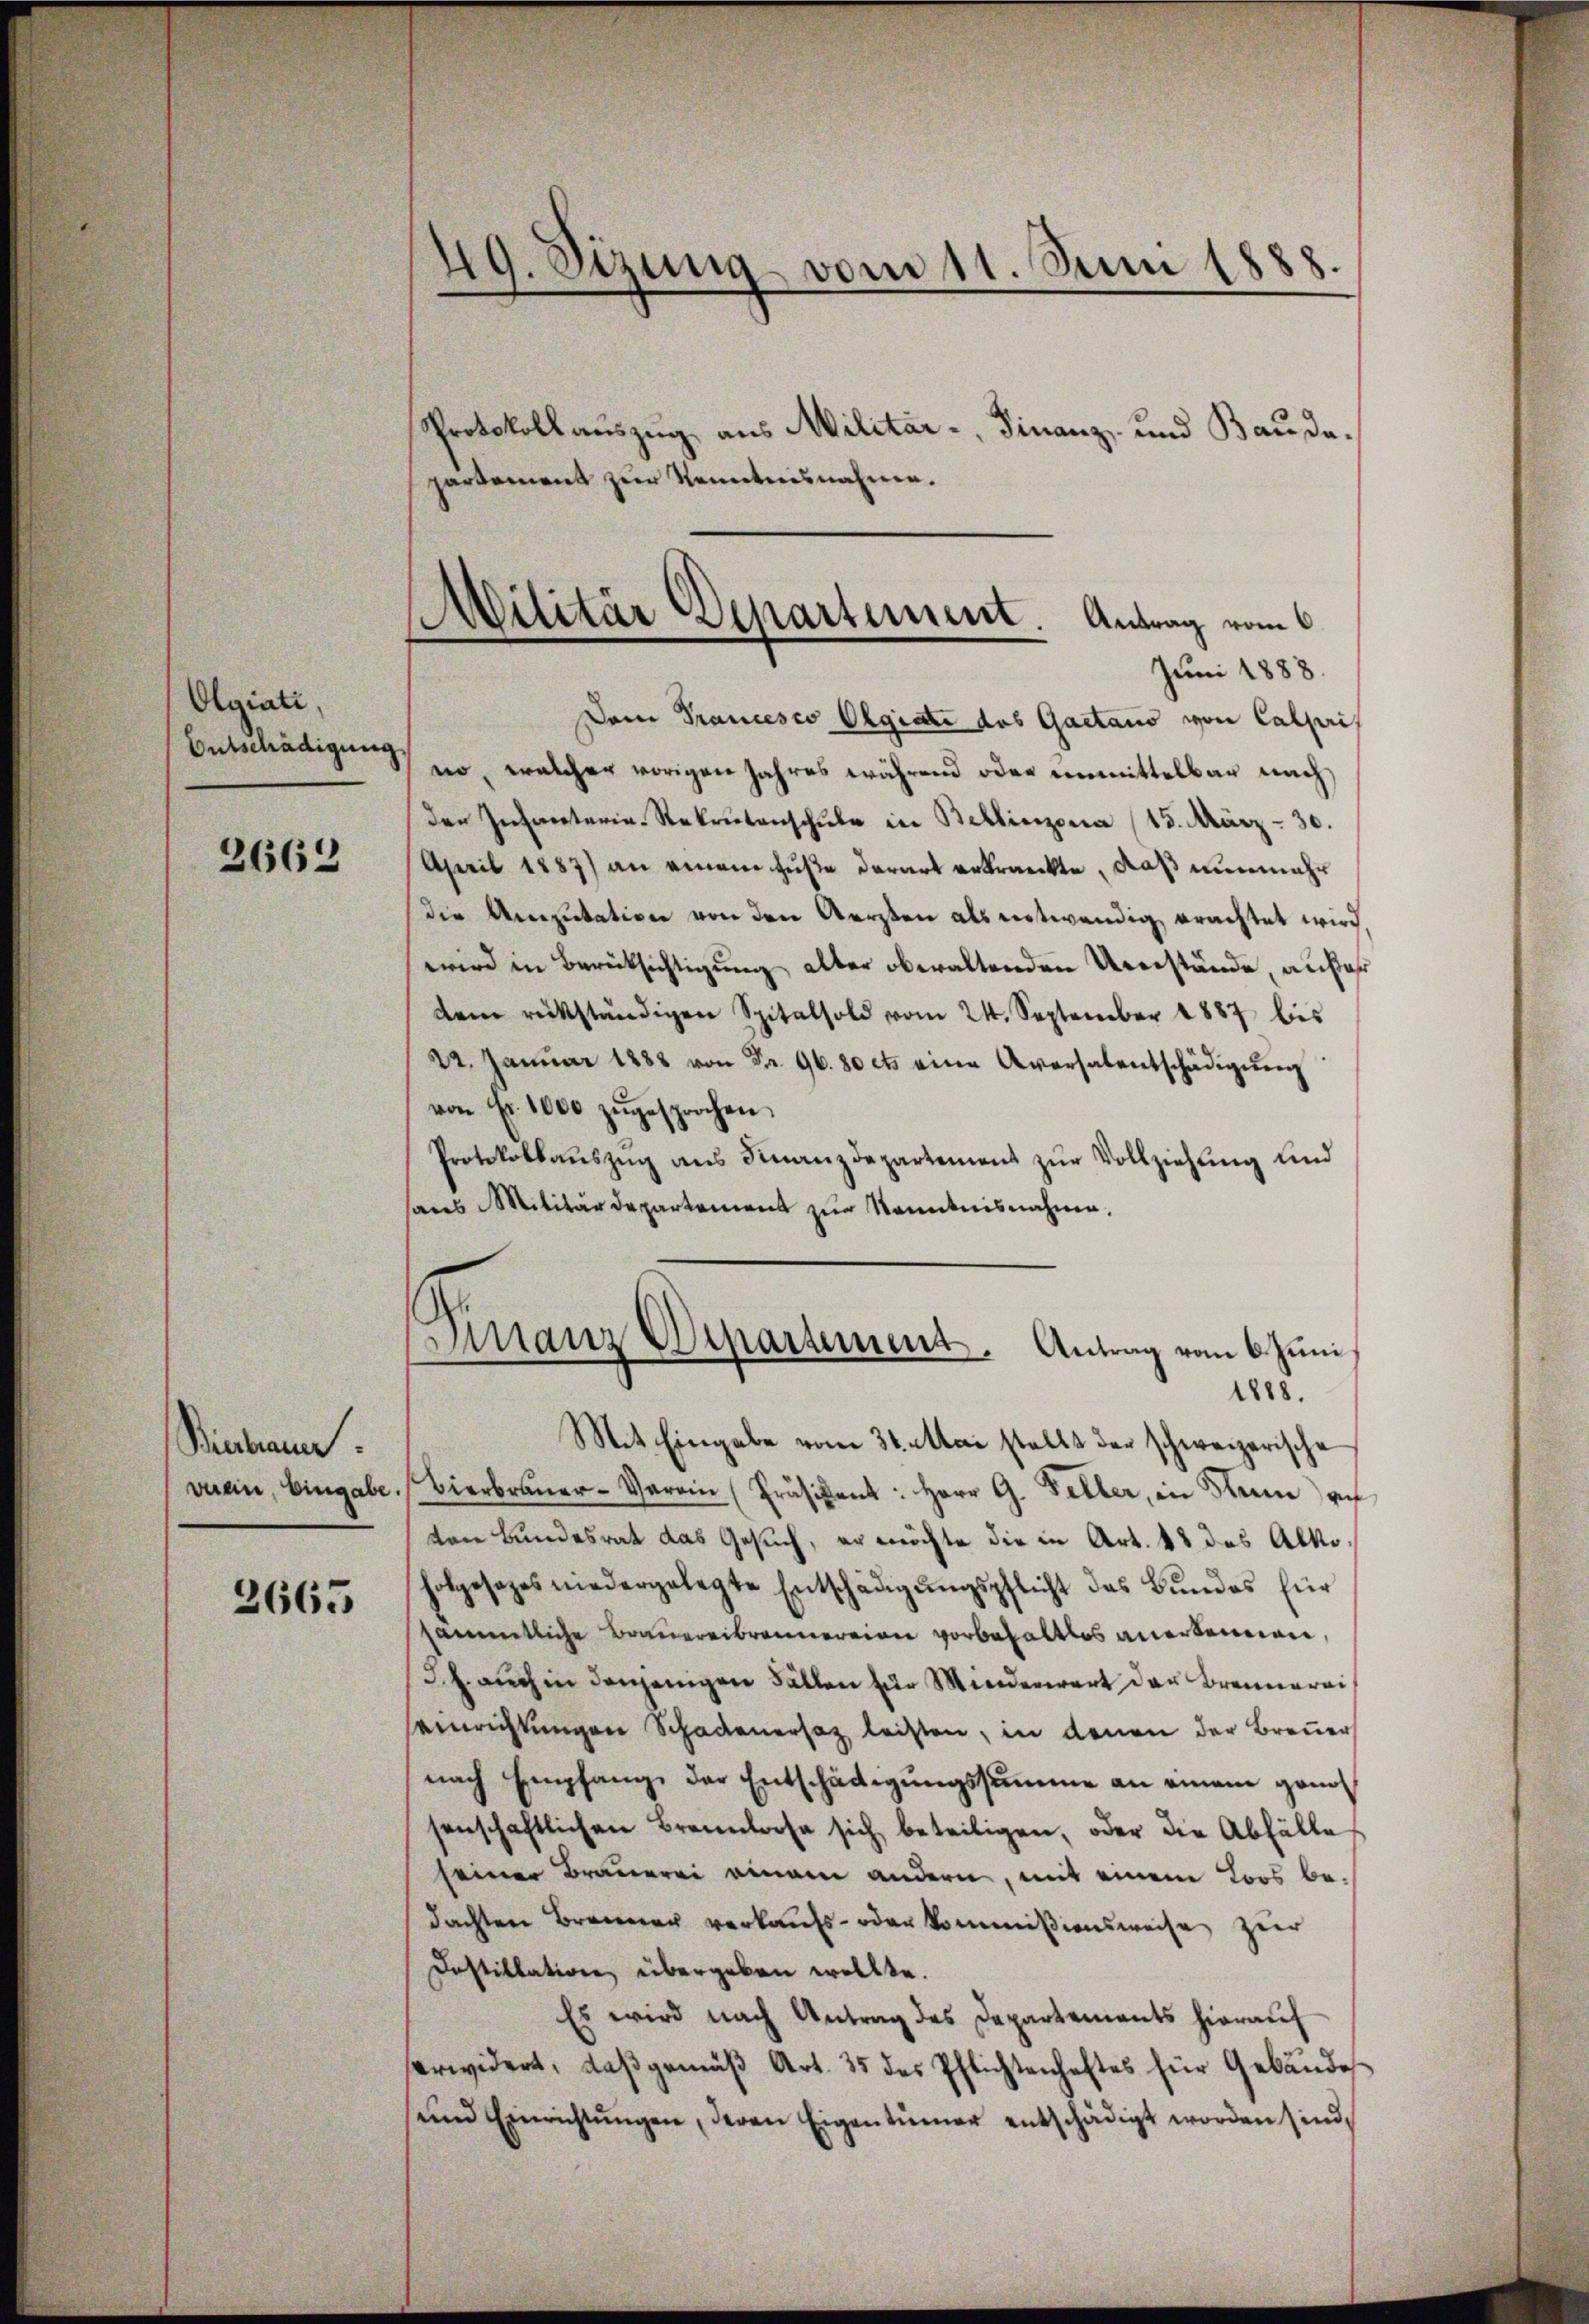
2662

Biekann.

2665

Olgiati,
Entschädigung

49. Sizung vom 11. Juni 1888.

Protokollauszug aus Militär-, Finanz, und Baudapartement zur Kenntnisnahme.
Dem Prancesco Olgiate des Gaetano von Calpri
no, welcher vorigen Jahres während oder unmittelbar nach
der Infanteria Rekrutenschŭle in Bellinzona (15. März - 30.
April 1887) an einem Fuße derart erkrankte, daß nunmehr
die Amputation von den Versten als entwendig erachtet wird,
wird in Berücksichtigung alter oberaltenden Umstände, außer
dem rückständigen Spitalsold vom 24. September 1887 bis
22. Januar 1888 von Fr. 96. 80 cts eine Aversalentschädigung
von Fr. 1000 zŭgesprochen.
Protokollaŭszŭg ans Finanzdepartement zŭr Vollziehung und
sares Militärdepartement zur Kenntnisnahme.
Finanz Departement. Antrag vom 6. Juni,
1888.
Mit Eingabe vom 31. Mai stellt der schweizerische
verein, Eingabe. Bierbraŭer-Verein (Präsident: Herr G. Seller, in Mann au
von Bundesrat das Gesuch, er möchte die in Art. 18 des Alkoolgesezes niedergelegte Entschädigŭngspflicht das Bŭndes für
sämmtliche Brauereibrennereien vorbehaltlos anerkennen,
J.J. auch in denjenigen Fällen für Minderwart der Brennerei
seinrichtungen Schadenersaz leisten, in denen der Brenner
nach Empfang der Entschädigungssumme an einem geno
senschaftlichen Brennlose sich beteiligen, oder die Abfälle
seiner Brauerei einem andern, mit einem Loos bedachten Brenner verkaufs- oder kommißionsweise zur
Dostillation übergeben wollte.
Es wird nach Antrag des Departements hierauf
erwidert, daß gemäß Art. 35 des Pflichtenhaftes für Gebäudes
ŭnd Einrichtŭngen, deren Eigentümer entschädigt worden sind,

Militär Departement. Antrag vom 6.
Juni 1888.